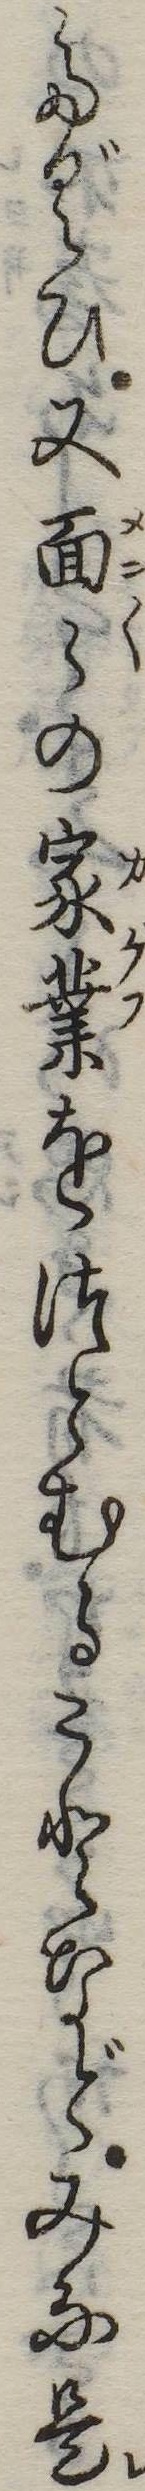
たぐひ又面の家業をつとむることなどみな是